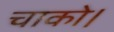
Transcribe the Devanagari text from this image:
चाको।